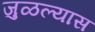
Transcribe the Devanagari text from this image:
जुळल्यास